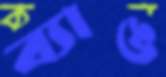
ব্যাঙ